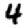
Digit: 4